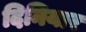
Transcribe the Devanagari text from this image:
दिनियार